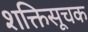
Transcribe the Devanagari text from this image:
शक्तिसूचक